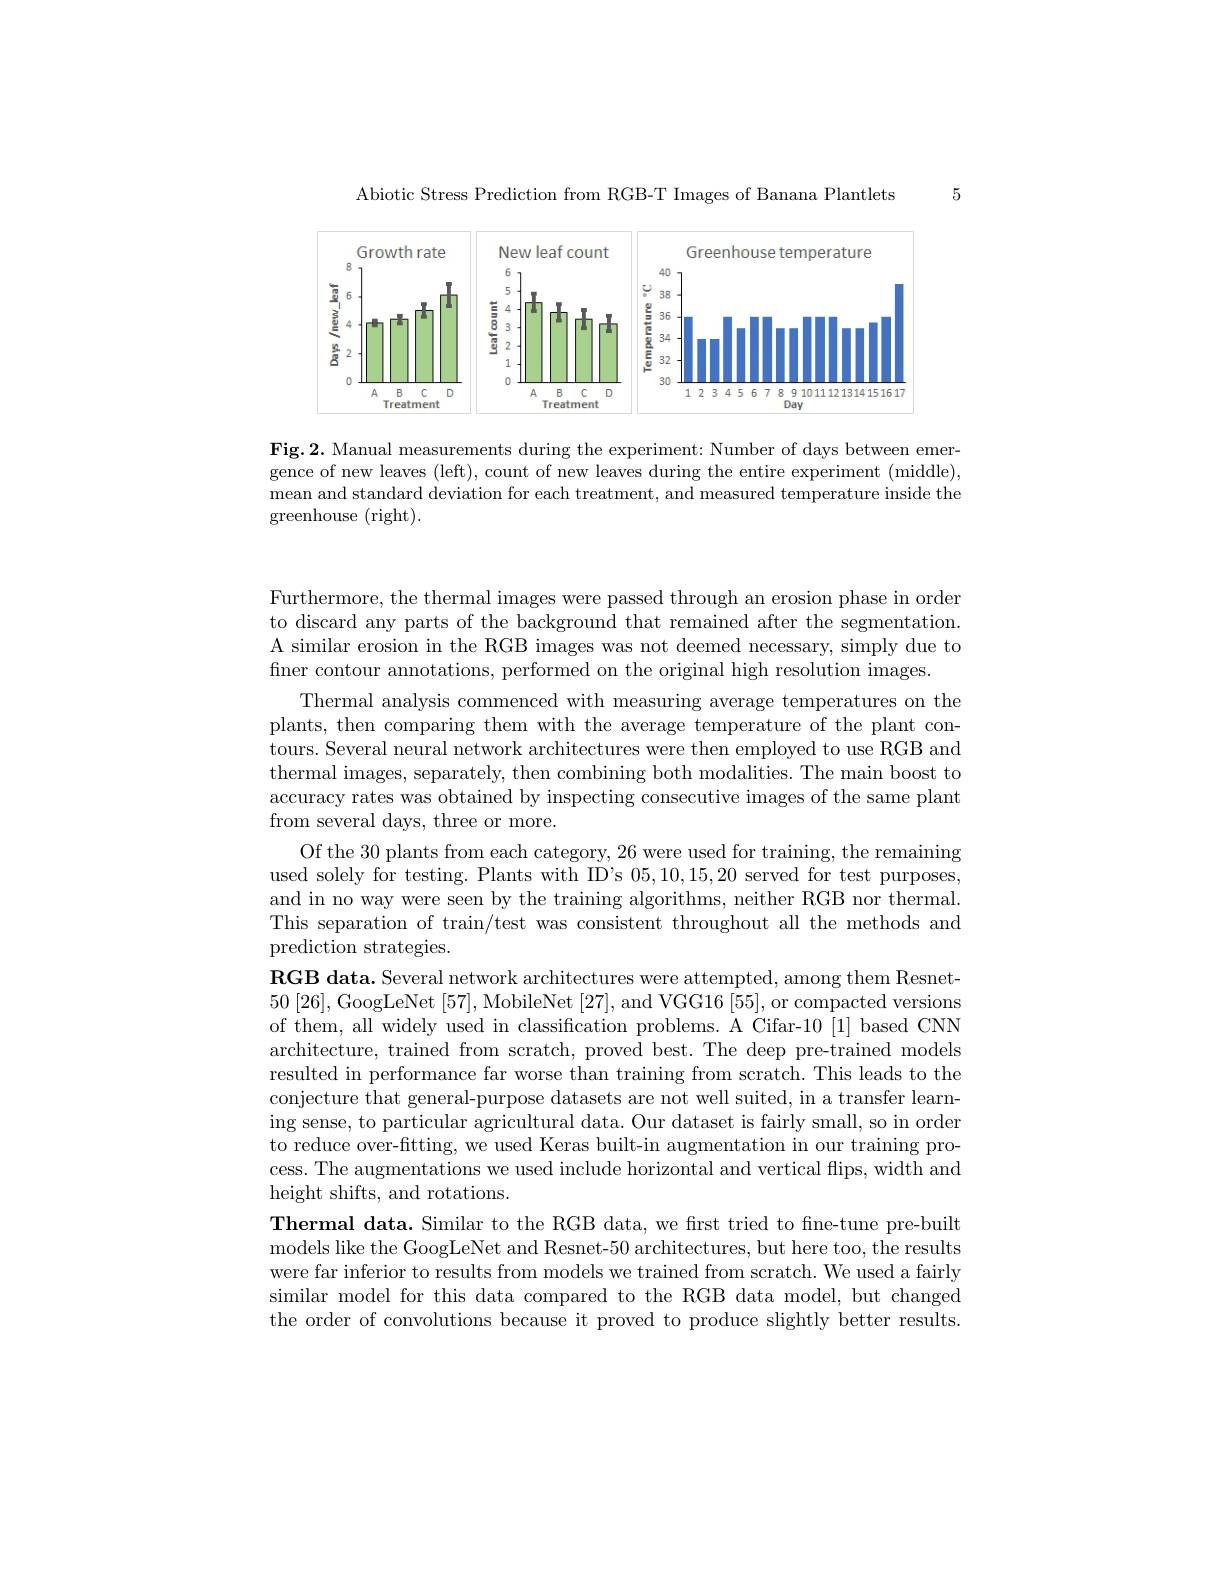
5

Abiotic Stress Prediction from RGB-T Images of Banana Plantlets

<FigureHere>

Fig.2. Manual measurements during the experiment: Number of days between emergence of new leaves (left), count of new leaves during the entire experiment (middle), mean and standard deviation for each treatment, and measured temperature inside the greenhouse (right).

Furthermore, the thermal images were passed through an erosion phase in order to discard any parts of the background that remained after the segmentation. A similar erosion in the RGB images was not deemed necessary, simply due to finer contour annotations, performed on the original high resolution images.
Thermal analysis commenced with measuring average temperatures on the plants, then comparing them with the average temperature of the plant contours. Several neural network architectures were then employed to use RGB and thermal images, separately, then combining both modalities. The main boost to accuracy rates was obtained by inspecting consecutive images of the same plant from several days, three or more.
Of the 30 plants from each category, 26 were used for training, the remaining used solely for testing. Plants with ID's 05,10,15,20 served for test purposes, and in no way were seen by the training algorithms, neither RGB nor thermal This separation of train/test was consistent throughout all the methods and prediction strategies.
$\textbf{RGB data. Several network architectures were attempted, among them Resnet- }$ 50 [26],GoogLeNet [57],MobileNet [27],and VGG16[55],or compacted versions of them, all widely used in classification problems. A Cifar-10[1] based CNN architecture, trained from scratch, proved best. The deep pre-trained models resulted in performance far worse than training from scratch. This leads to the conjecture that general-purpose datasets are not well suited, in a transfer learning sense, to particular agricultural data. Our dataset is fairly small, so in order to reduce over-fitting, we used Keras built-in augmentation in our training process. The augmentations we used include horizontal and vertical flips, width and height shifts, and rotations.
Thermal data. Similar to the RGB data, we first tried to fne-tune pre-built models like the GoogLeNet and Resnet-50 architectures, but here too, the results were far inferior to results from models we trained from scratch. We used a fairly similar model for this data compared to the RGB data model, but changed the order of convolutions because it proved to produce slightly better results.